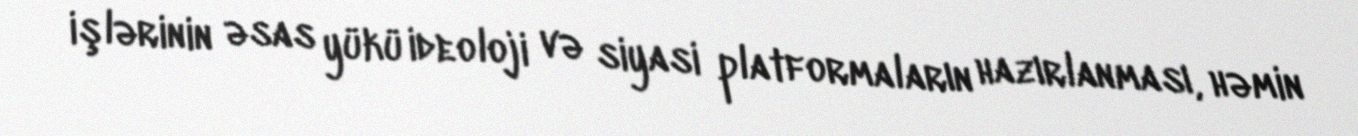
işlərinin əsas yükü ideoloji və siyasi platformaların hazırlanması, həmin